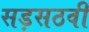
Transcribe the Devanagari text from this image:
सड़सठवीं